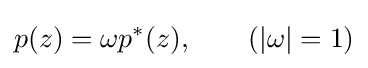
p(z)=\omega p^{*}(z),\qquad \left(|\omega |=1\right)